Medical and sanitary report of the native army of Bengal for the year
Year: 1875
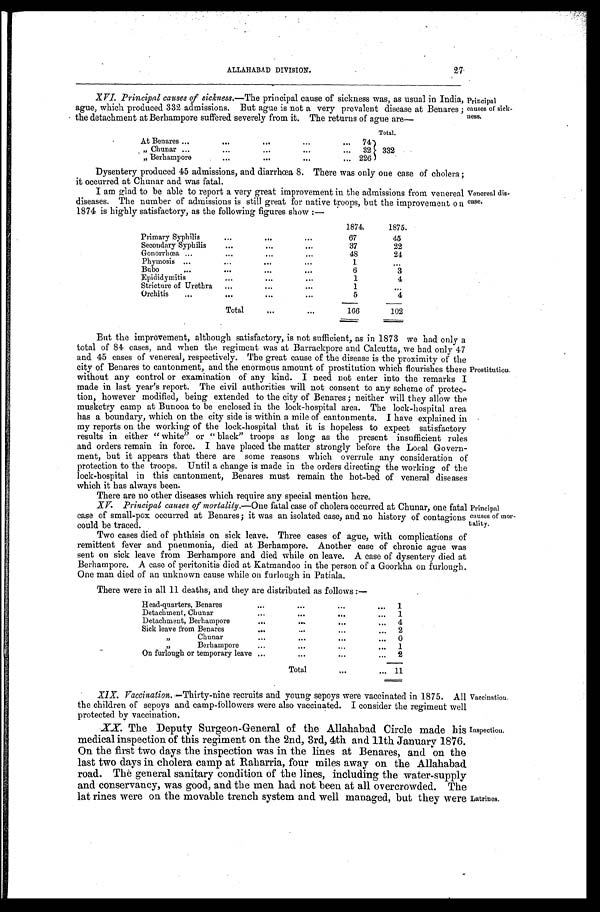
Principal
causes of sick
ness.
27
ALLAHABAD DIVISION.
XVI. Principal causes of sickness. —The principal cause of sickness was, as usual in India,
ague, which produced 332 admissions. But ague is not a very prevalent disease at Benares ;
the detachment at Berhampore suffered severely from it. The returns of ague are
—
Total.
At Benares . . .
74
"
Chunar
.
.
.
32
332
" Berhampore . . .
226
Dysentery produced 45 admissions, and diarrhoea 8. There was only one case of cholera ;
it occurred at Chunar and was fatal.
I am glad to be able to report a very great improvement in the admissions from venereal
diseases. The number of admissions is still great for native troops, but the improvement on a
1874 is highly satisfactory, as the following figures show :—
1874.
1875.
Primary Syphilis . . .
67
45
Secondary Syphilis . . .
37
22
Gonorrhœa . . .
48
24
Phymosis . . .
1
. . .
Bubo . . .
6
3
Epididymitis . . .
1
4
Stricture of Urethra . . .
1
. . .
Orchitis . . .
5
4
Total . . .
166
102
Venereal dis-
ease.
But the improvement, although satisfactory, is not sufficient, as in 1873 we had only a
total of 84 cases, and when the regiment was at Barrackpore and Calcutta, we had only 47
and 45 cases of venereal, respectively. The great cause of the disease is the proximity of the
city of Benares to cantonment, and the enormous amount of prostitution which flourishes there
without any control or examination of any kind. I need not enter into the remarks I
made in last year's report. The civil authorities will not consent to any scheme of protec-
tion, however modified, being extended to the city of Benares ; neither will they allow the
musketry camp at Bunooa to be enclosed in the lock-hospital area. The lock-hospital area
has a boundary, which on the city side is within a mile of cantonments. I have explained in
my reports on the working of the lock-hospital that it is hopeless to expect satisfactory
results in either "white" or "black" troops as long as the present insufficient rules
and orders remain in force. I have placed the matter strongly before the Local Govern-
ment, but it appears that there are some reasons which overrule any consideration of
protection to the troops. Until a change is made in the orders directing the working of the
lock-hospital in this cantonment, Benares must remain the hot-bed of veneral diseases
which it has always been.
Prostitution.
There are no other diseases which require any special mention here.
XV. Principal causes of mortality.— One fatal case of cholera occurred at Chunar, one fatal
case of small-pox occurred at Benares ; it was an isolated case, and no history of contagions
could be traced.
Two cases died of phthisis on sick leave. Three cases of ague, with complications of
remittent fever and pneumonia, died at Berhampore. Another case of chronic ague was
sent on sick leave from Berhampore and died while on leave. A case of dysentery died at
Berhampore. A case of peritonitis died at Katmandoo in the person of a Goorkha on furlough.
One man died of an unknown cause while on furlough in Patiala.
Principal
causes of mor-
tality.
There were in all 11 deaths, and they are distributed as follows :—
Head-quarters, Benares . . .
1
Detachment,
Chunar . . .
1
Detachment, Berhampore . . .
4
Sick leave from Benares . . .
2
"
Chunar.
.
.
0
"
.
Berhampore . . .
1
On furlough or temporary leave . . .
2
Total . . .
11
XIX. Vaccination. —Thirty-nine recruits and young sepoys were vaccinated in 1875. All
the children of sepoys and camp-followers were also vaccinated. I consider the regiment well
protected by vaccination.
XX.
The Deputy Surgeon-General of the Allahabad Circle made his
medical inspection of this regiment on the 2nd, 3rd, 4th and 11th January 1876.
On the first two days the inspection was in the lines at Benares, and on the
last two days in cholera camp at Raharria, four miles away on the Allahabad
road. The general sanitary condition of the lines, including the water-supply
and conservancy, was good, and the men had not been at all overcrowded. The
lat rines were on the movable trench system and well managed, but they were
Vaccination.
Inspection.
Latrines.